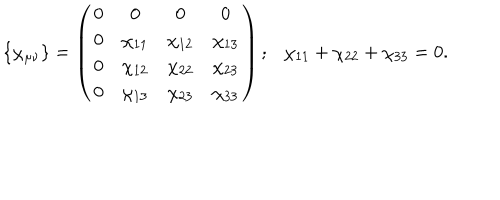
\{ \chi _ { \mu \nu } \} = \left( \begin{array} { c c c c } { { 0 } } & { { 0 } } & { { 0 } } & { { 0 } } \\ { { 0 } } & { { \chi _ { 1 1 } } } & { { \chi _ { 1 2 } } } & { { \chi _ { 1 3 } } } \\ { { 0 } } & { { \chi _ { 1 2 } } } & { { \chi _ { 2 2 } } } & { { \chi _ { 2 3 } } } \\ { { 0 } } & { { \chi _ { 1 3 } } } & { { \chi _ { 2 3 } } } & { { \chi _ { 3 3 } } } \\ \end{array} \right) ; \chi _ { 1 1 } + \chi _ { 2 2 } + \chi _ { 3 3 } = 0 .